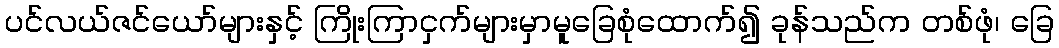
ပင်လယ်ဇင်ယော်များနှင့် ကြိုးကြာငှက်များမှာမူခြေစုံထောက်၍ ခုန်သည်က တစ်ဖုံ၊ ခြေ